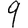
Digit: 9